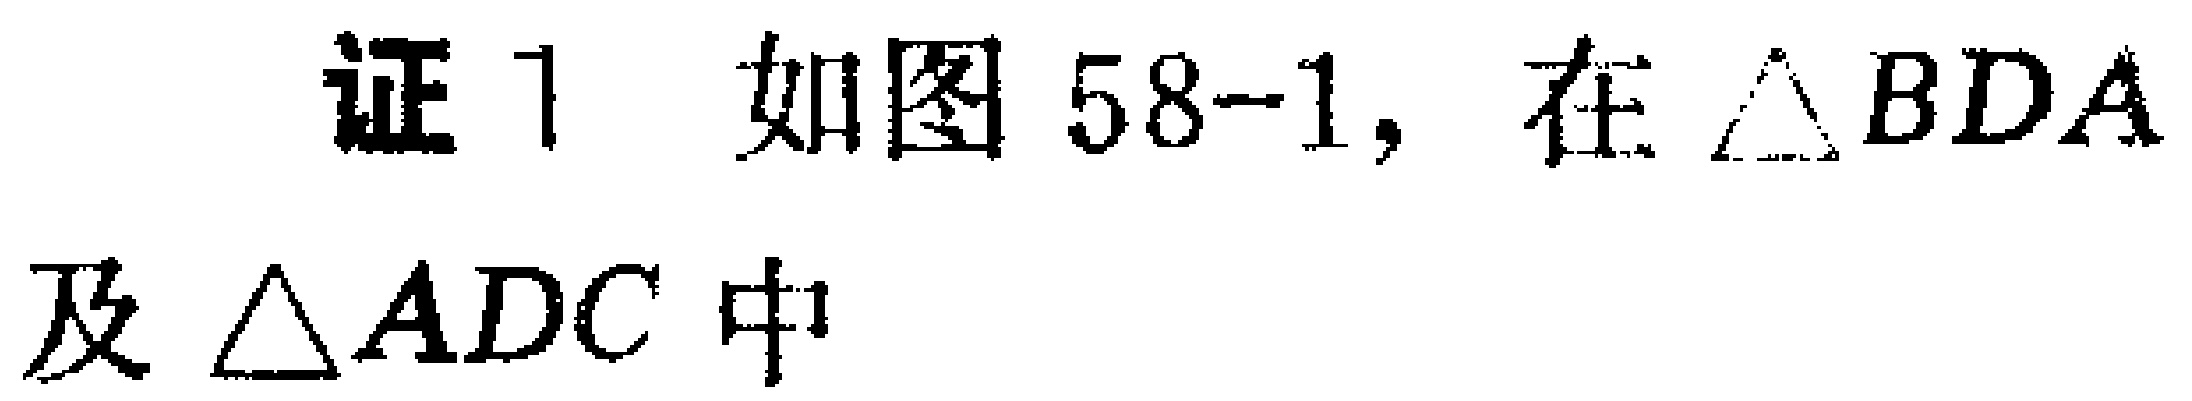
证1 如图58-1，在$\triangle BDA$及$\triangle ADC$中